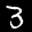
Label: 3